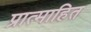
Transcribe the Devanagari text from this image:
प्रात्माहित